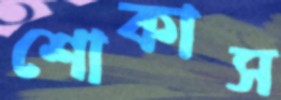
শোকাস